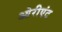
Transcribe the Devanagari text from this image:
ओरीएंट